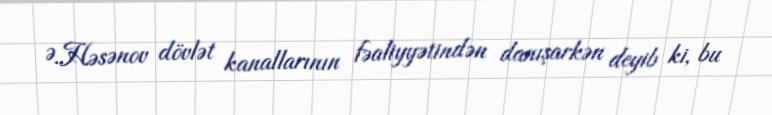
Ə.Həsənov dövlət kanallarının fəaliyyətindən danışarkən deyib ki, bu